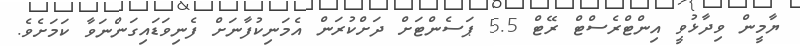
ޔާމީން ވިދާޅުވީ އިންޓްރެސްޓް ރޭޓް 5.5 ޕަސެންޓަށް ދަށްކުރަން އެމަނިކުފާނަށް ފެނިވަޑައިގަންނަވާ ކަމަށެވެ.